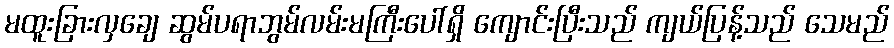
မထူးခြားလှချေ ဆွမ်ပရာဘွမ်လမ်းမကြီးပေါ်ရှိ ကျောင်းပြီးသည် ကျယ်ပြန့်သည် သေမည်